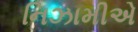
નિઝામીએ